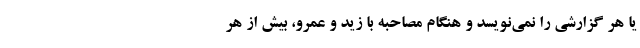
یا هر گزارشی را نمی‌نویسد و هنگام مصاحبه با زید و عمرو، بیش از هر